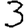
Digit: 3